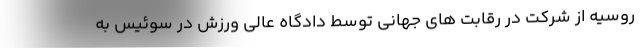
روسیه از شرکت در رقابت های جهانی توسط دادگاه عالی ورزش در سوئیس به